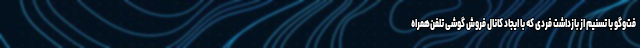
فت‌وگو با تسنیم از بازداشت فردی که با ایجاد کانال فروش گوشی تلفن‌همراه